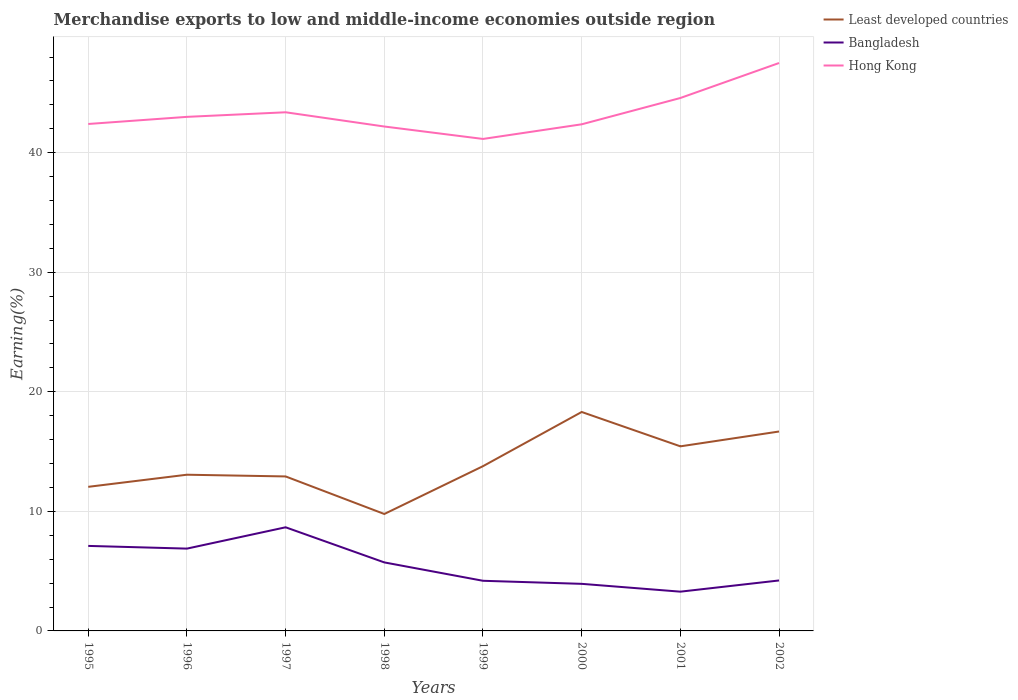
| Years | Least developed countries | Bangladesh | Hong Kong |
 | --- | --- | --- | --- |
 | 1995 | 12.1 | 7.11 | 42.4 |
 | 1996 | 13.1 | 6.88 | 43 |
 | 1997 | 12.9 | 8.67 | 43.4 |
 | 1998 | 9.78 | 5.73 | 42.2 |
 | 1999 | 13.8 | 4.19 | 41.1 |
 | 2000 | 18.3 | 3.94 | 42.4 |
 | 2001 | 15.4 | 3.28 | 44.6 |
 | 2002 | 16.7 | 4.22 | 47.5 |